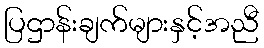
ပြဌာန်းချက်များနှင့်အညီ